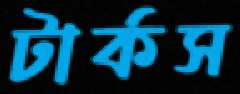
টার্কস